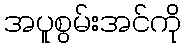
အပူစွမ်းအင်ကို